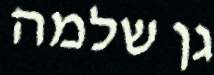
גן שלמה